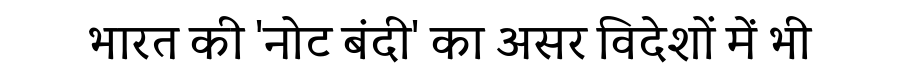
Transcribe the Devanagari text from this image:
भारत की 'नोट बंदी' का असर विदेशों में भी